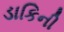
ડાકિની